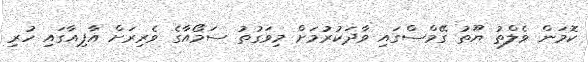
ކޮމަން ވެލްތު ޔޫތު ގޭމްސްގައި ވާދަކުރުމަށް މިވަގުތު ސަމޯއާގެ ވެރިރަށް އާޕިއާގައި ހުރި